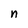
Character: n